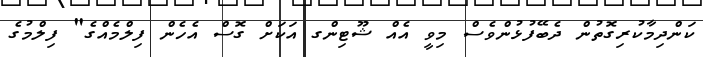
ކަންދިމާކުރިގޮތުން ދެބޭފުޅުންވެސް މިވީ އެއް ޝޫޓިންގ އަކަށް ގޮސް އެހެން ފިލްމެއްގެ" ފިލްމުގެ